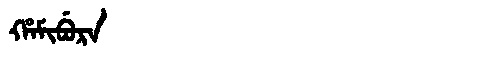
Manchu: ᡥᠠᠮᡳᠪᡠᡵᠠ
Romanization: HAMIBURA